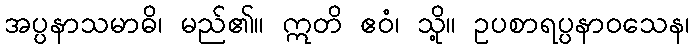
အပ္ပနာသမာဓိ၊ မည်၏။ ဣတိ ဧဝံ၊ သို့။ ဥပစာရပ္ပနာဝသေန၊